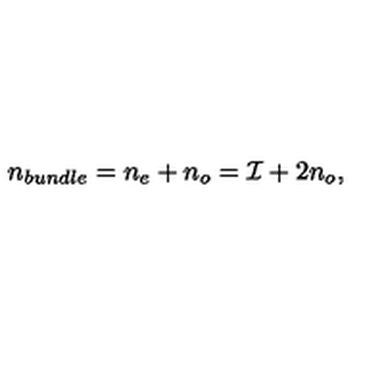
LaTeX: n _ { b u n d l e } = n _ { e } + n _ { o } = { \cal I } + 2 n _ { o } ,